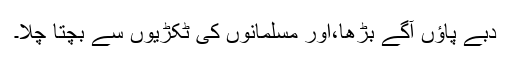
دبے پاؤں آگے بڑھا،اور مسلمانوں کی ٹکڑیوں سے بچتا چلا۔